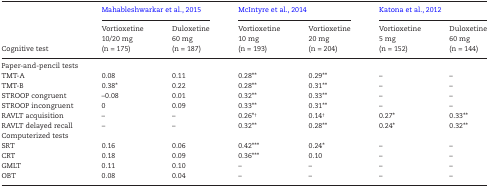
<table><thead><tr><td rowspan="2"><b>Cognitive test</b></td><td colspan="2"><b>Mahableshwarkar et al., 2015</b></td><td colspan="2"><b>McIntyre et al., 2014</b></td><td colspan="2"><b>Katona et al., 2012</b></td></tr><tr><td><b>Vortioxetine10/20 mg(n = 175)</b></td><td><b>Duloxetine60 mg(n = 187)</b></td><td><b>Vortioxetine10 mg(n = 193)</b></td><td><b>Vortioxetine20 mg(n = 204)</b></td><td><b>Vortioxetine5 mg(n = 152)</b></td><td><b>Duloxetine60 mg(n = 144)</b></td></tr></thead><tbody><tr><td colspan="7"><b>Paper-and-pencil tests</b></td></tr><tr><td>TMT-A</td><td>0.08</td><td>0.11</td><td>0.28**</td><td>0.29**</td><td>–</td><td>–</td></tr><tr><td>TMT-B</td><td>0.38*</td><td>0.22</td><td>0.28**</td><td>0.31**</td><td>–</td><td>–</td></tr><tr><td>STROOP congruent</td><td>–0.08</td><td>0.01</td><td>0.32**</td><td>0.33**</td><td>–</td><td>–</td></tr><tr><td>STROOP incongruent</td><td>0</td><td>0.09</td><td>0.33**</td><td>0.31**</td><td>–</td><td>–</td></tr><tr><td>RAVLT acquisition</td><td>–</td><td>–</td><td>0.26*<sup>†</sup></td><td>0.14<sup>†</sup></td><td>0.27*</td><td>0.33**</td></tr><tr><td>RAVLT delayed recall</td><td>–</td><td>–</td><td>0.32**</td><td>0.28**</td><td>0.24*</td><td>0.32**</td></tr><tr><td colspan="7"><b>Computerized tests</b></td></tr><tr><td>SRT</td><td>0.16</td><td>0.06</td><td>0.42***</td><td>0.24*</td><td>–</td><td>–</td></tr><tr><td>CRT</td><td>0.18</td><td>0.09</td><td>0.36***</td><td>0.10</td><td>–</td><td>–</td></tr><tr><td>GMLT</td><td>0.11</td><td>0.10</td><td>–</td><td>–</td><td>–</td><td>–</td></tr><tr><td>OBT</td><td>0.08</td><td>0.04</td><td>–</td><td>–</td><td>–</td><td>–</td></tr></tbody></table>